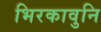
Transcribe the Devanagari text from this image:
भिरकावुनि